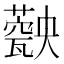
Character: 𤮡